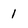
Character: 1